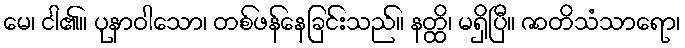
မေ၊ ငါ၏။ ပုနာဝါသော၊ တစ်ဖန်နေခြင်းသည်။ နတ္ထိ၊ မရှိပြီ။ ဇာတိသံသာရော၊